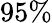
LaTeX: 95\%